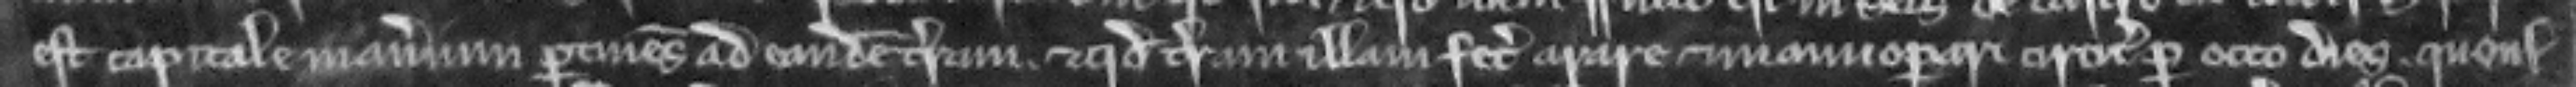
est capitale manerium pertinens ad eandem terram. et quod terram illam fecit arare et manuoperari circiter per octo dies. quousque